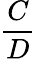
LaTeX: \frac{C}{D}